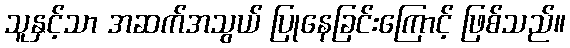
သူနှင့်သာ အဆက်အသွယ် ပြုနေခြင်းကြောင့် ဖြစ်သည်။